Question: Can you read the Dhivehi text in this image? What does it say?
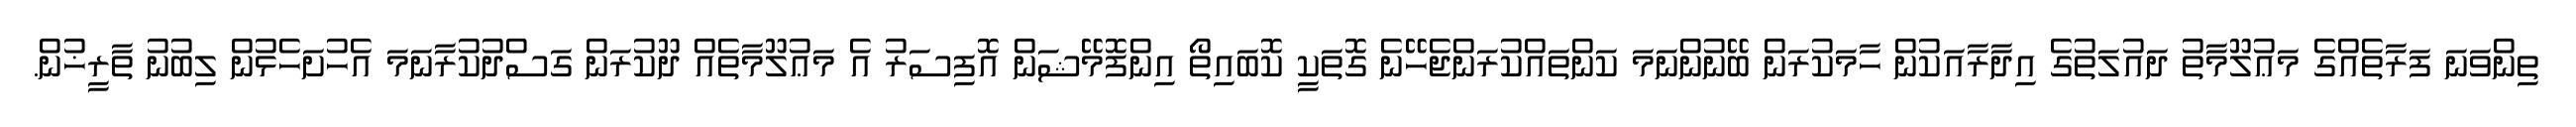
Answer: ތިންވަނަ ފަރާތެއްގެ މަޢުލޫމާތު ދައުލަތުގެ އިދާރާއަކުން ހާމަކުރަން ބޭނުންނަމަ ކަންތައްކުރަންޖެހޭނެ ގޮތަކީ ކޮބައިތޯ އިންފޮމޭޝަން އޮފިސަރު އެ މަޢުލޫމާތެއް ދޫކުރަން ގަސްދުކުރާނަމަ އެހުށަހެޅުން ލިބުނު ތާރީޚުން.